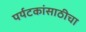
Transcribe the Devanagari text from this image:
पर्यटकांसाठीचा